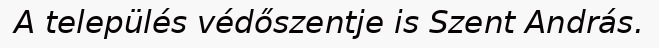
A település védőszentje is Szent András.